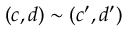
\quad ( c , d ) \sim ( c ^ { \prime } , d ^ { \prime } ) \quad